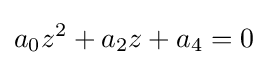
a_{0}z^{2}+a_{2}z+a_{4}=0\,\!